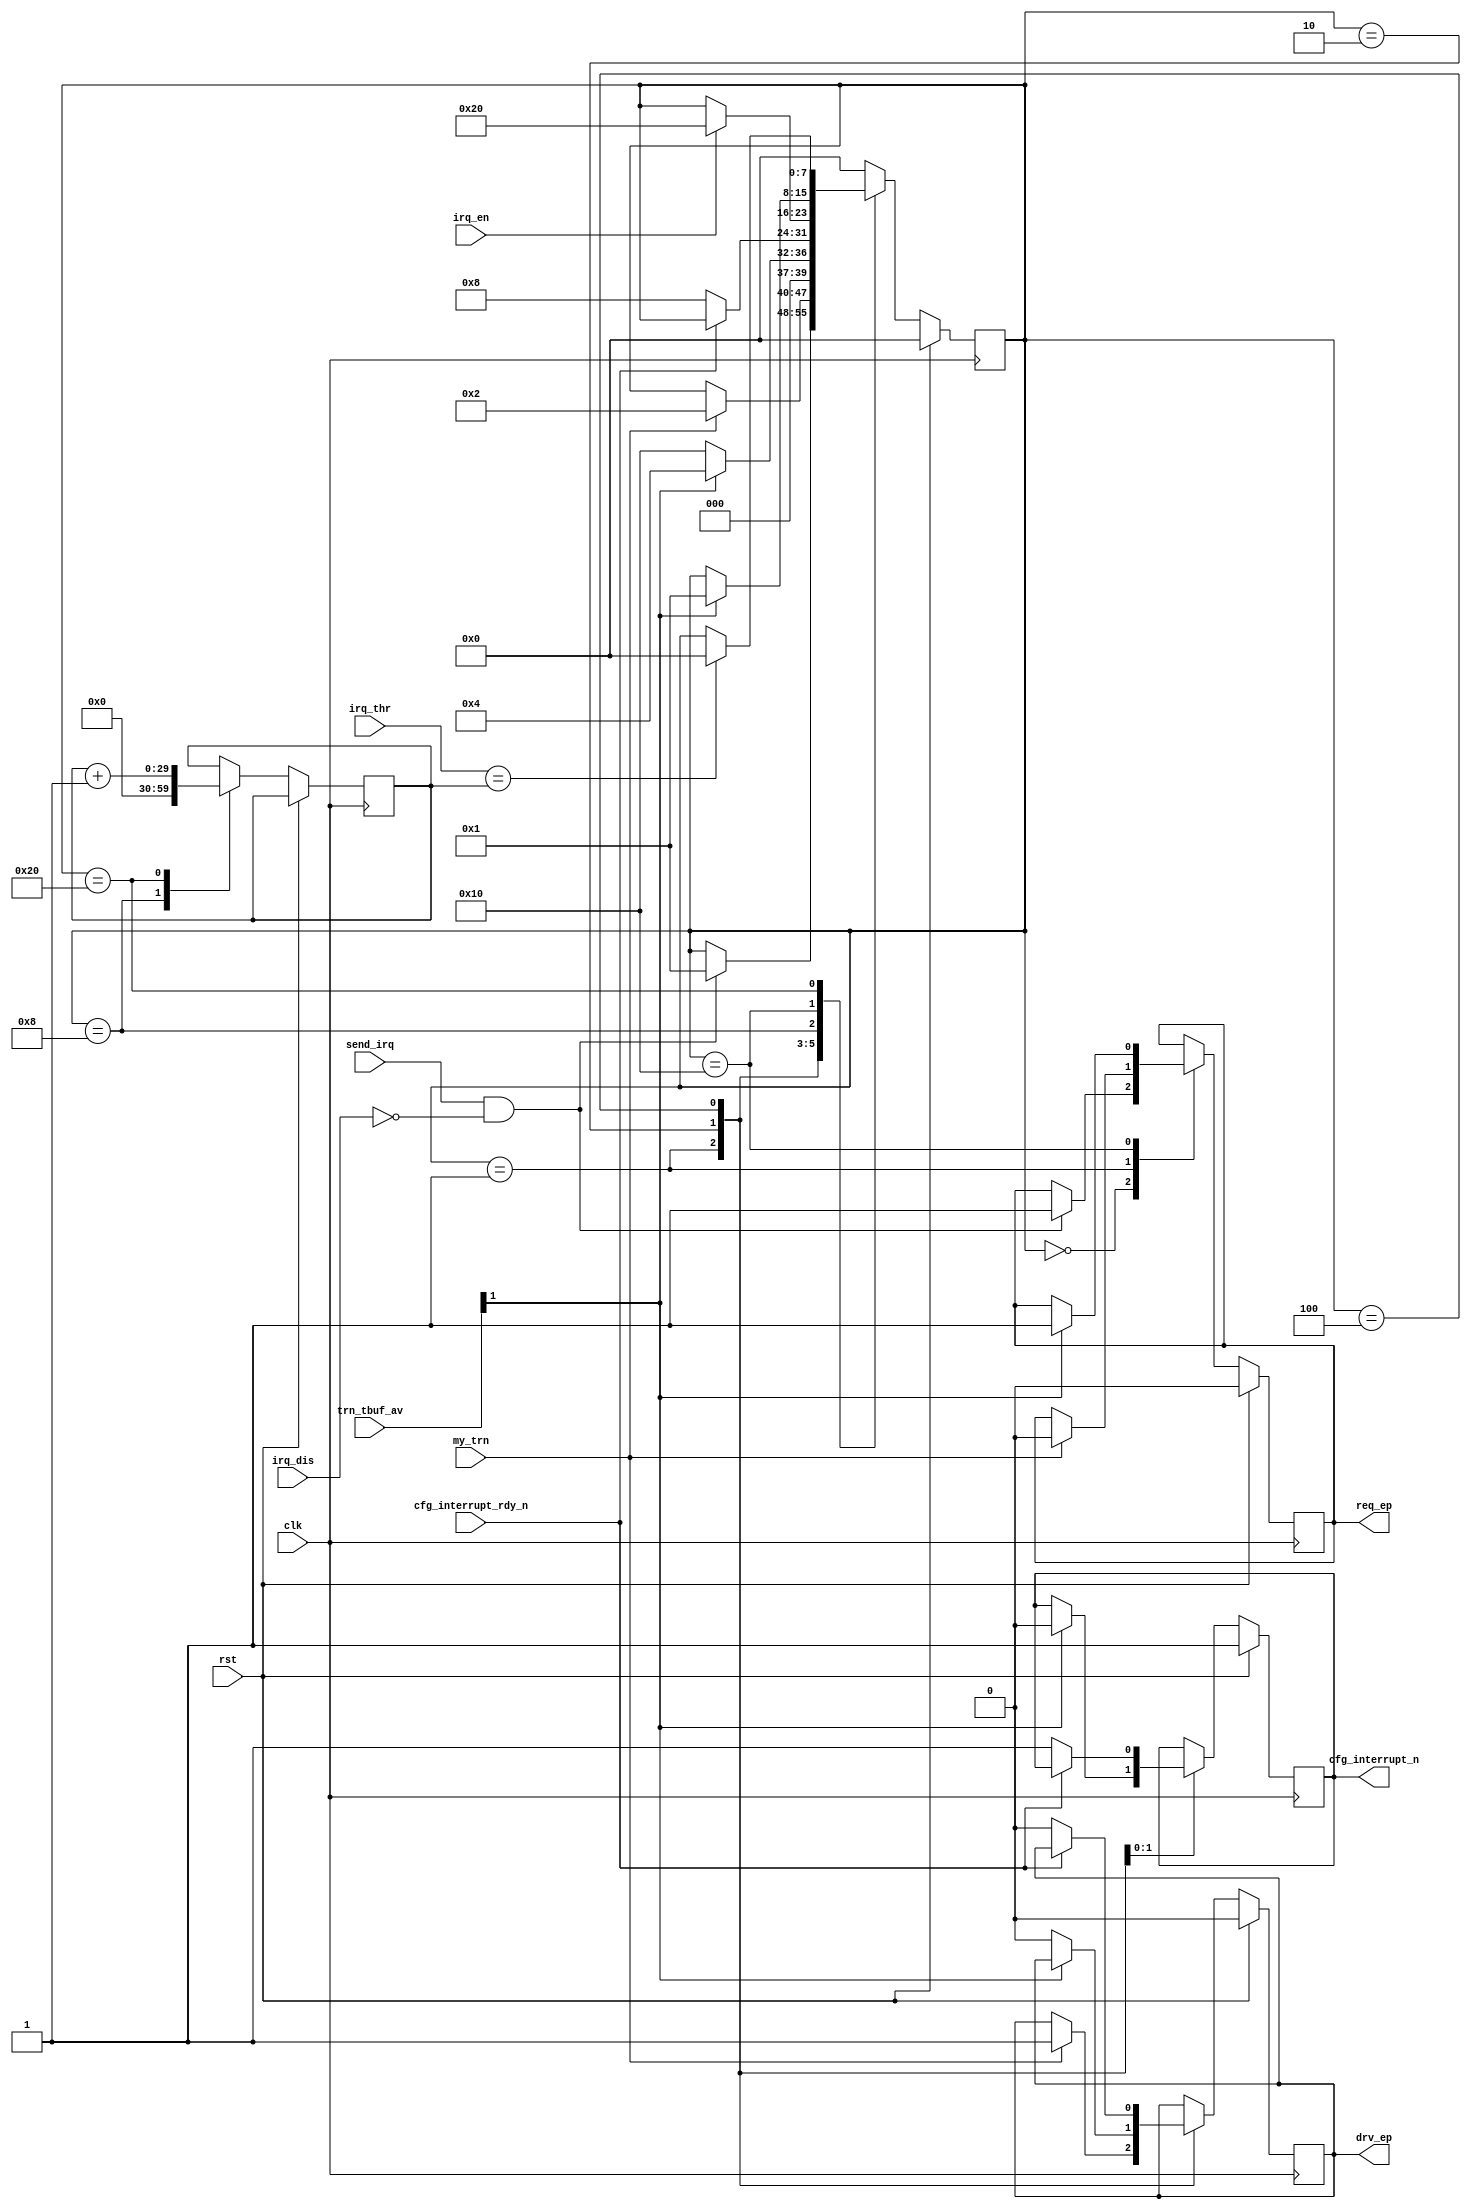
/*******************************************************************************
*
*  NetFPGA-10G http://www.netfpga.org
*
*  File:
*        core_irq_gen.v
*
*  Project:
*
*
*  Author:
*        Marco Forconesi
*
*  Description:
*        Gen IRQs.
*
*
*    This code is initially developed for the Network-as-a-Service (NaaS) project.
*
*  Copyright notice:
*        Copyright (C) 2014 University of Cambridge
*
*  Licence:
*        This file is part of the NetFPGA 10G development base package.
*
*        This file is free code: you can redistribute it and/or modify it under
*        the terms of the GNU Lesser General Public License version 2.1 as
*        published by the Free Software Foundation.
*
*        This package is distributed in the hope that it will be useful, but
*        WITHOUT ANY WARRANTY; without even the implied warranty of
*        MERCHANTABILITY or FITNESS FOR A PARTICULAR PURPOSE.  See the GNU
*        Lesser General Public License for more details.
*
*        You should have received a copy of the GNU Lesser General Public
*        License along with the NetFPGA source package.  If not, see
*        http://www.gnu.org/licenses/.
*
*/

//////////////////////////////////////////////////////////////////////////////////////////////
//////////////////////////////////////////////////////////////////////////////////////////////
`timescale 1ns / 1ps
//`default_nettype none

module core_irq_gen (

    input                    clk,
    input                    rst,

    // hst_ctrl
    input                    irq_en,
    input                    irq_dis,
    input        [31:0]      irq_thr,

    // CFG
    output reg               cfg_interrupt_n,
    input                    cfg_interrupt_rdy_n,
    input        [3:0]       trn_tbuf_av,
    input                    send_irq,

    // EP arb
    input                    my_trn,
    output reg               drv_ep,
    output reg               req_ep
    );

    // localparam
    localparam s0 = 8'b00000000;
    localparam s1 = 8'b00000001;
    localparam s2 = 8'b00000010;
    localparam s3 = 8'b00000100;
    localparam s4 = 8'b00001000;
    localparam s5 = 8'b00010000;
    localparam s6 = 8'b00100000;
    localparam s7 = 8'b01000000;
    localparam s8 = 8'b10000000;

    //-------------------------------------------------------
    // Local IRQ gen
    //-------------------------------------------------------
    reg          [7:0]       irq_gen_fsm;
    reg          [29:0]      counter;

    ////////////////////////////////////////////////
    // IRQ gen
    ////////////////////////////////////////////////
    always @(posedge clk) begin

        if (rst) begin  // rst
            req_ep <= 1'b0;
            drv_ep <= 1'b0;
            cfg_interrupt_n <= 1'b1;
            irq_gen_fsm <= s0;
        end
        
        else begin  // not rst

            case (irq_gen_fsm)

                s0 : begin
                    if (send_irq && !irq_dis) begin
                        req_ep <= 1'b1;
                        irq_gen_fsm <= s1;
                    end
                end

                s1 : begin
                    if (my_trn) begin
                        req_ep <= 1'b0;
                        drv_ep <= 1'b1;
                        irq_gen_fsm <= s2;
                    end
                end

                s2 : begin
                    if (trn_tbuf_av[1]) begin
                        cfg_interrupt_n <= 1'b0;
                        irq_gen_fsm <= s3;
                    end
                    else begin
                        drv_ep <= 1'b0;
                        irq_gen_fsm <= s5;
                    end
                end

                s3 : begin
                    if (!cfg_interrupt_rdy_n) begin
                        cfg_interrupt_n <= 1'b1;
                        drv_ep <= 1'b0;
                        irq_gen_fsm <= s4;
                    end
                end

                s4 : begin
                    counter <= 'b0;
                    if (irq_en) begin
                        irq_gen_fsm <= s6;
                    end
                end

                s5 : begin
                    if (trn_tbuf_av[1]) begin
                        req_ep <= 1'b1;
                        irq_gen_fsm <= s1;
                    end
                end

                s6 : begin
                    counter <= counter + 1;
                    if (irq_thr == counter) begin
                        irq_gen_fsm <= s0;
                    end
                end

                default : begin //other TLPs
                    irq_gen_fsm <= s0;
                end

            endcase
        end     // not rst
    end  //always

endmodule // core_irq_gen

//////////////////////////////////////////////////////////////////////////////////////////////
//////////////////////////////////////////////////////////////////////////////////////////////